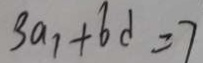
3 a _ { 1 } + 6 d = 7